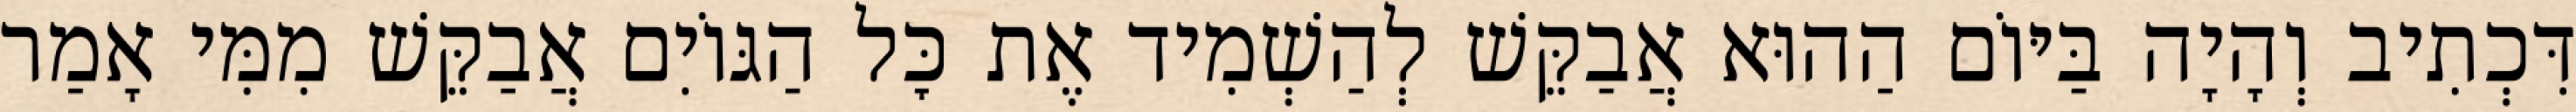
דִּכְתִיב וְהָיָה בַּיּוֹם הַהוּא אֲבַקֵּשׁ לְהַשְׁמִיד אֶת כׇּל הַגּוֹיִם אֲבַקֵּשׁ מִמִּי אָמַר